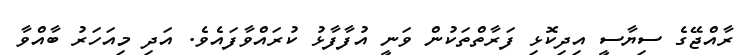
ރާއްޖޭގެ ސިޔާސީ އިދިކޮޅި ފަރާތްތަކުން ވަނީ އުފާފާޅު ކުރައްވާފައެވެ. އަދި މިއަހަރު ބާއްވާ